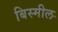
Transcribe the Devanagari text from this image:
बिस्मील